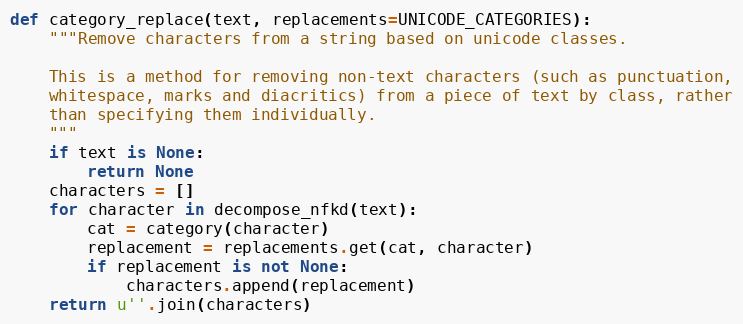
Language: Python
def category_replace(text, replacements=UNICODE_CATEGORIES):
    """Remove characters from a string based on unicode classes.

    This is a method for removing non-text characters (such as punctuation,
    whitespace, marks and diacritics) from a piece of text by class, rather
    than specifying them individually.
    """
    if text is None:
        return None
    characters = []
    for character in decompose_nfkd(text):
        cat = category(character)
        replacement = replacements.get(cat, character)
        if replacement is not None:
            characters.append(replacement)
    return u''.join(characters)